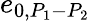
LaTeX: e_{0,{P_{1}}-{P_{2}}}